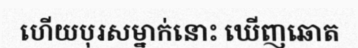
ហើយបុរសម្នាក់នោះ ឃើញឆោត